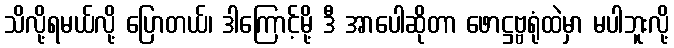
သိလို့ရမယ်လို့ ပြောတယ်၊ ဒါကြောင့်မို့ ဒီ အာပေါဆိုတာ ဖောဋ္ဌဗ္ဗရုံထဲမှာ မပါဘူးလို့